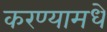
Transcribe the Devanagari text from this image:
करण्यामधे